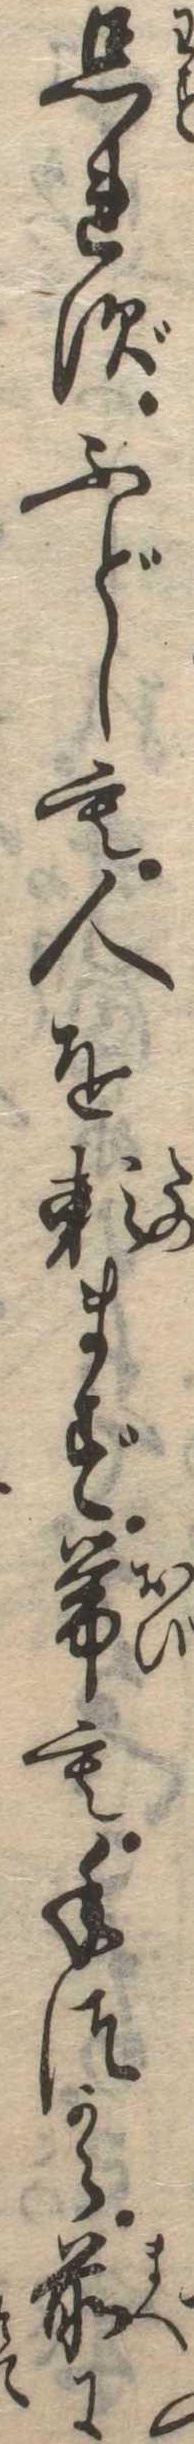
忘れずふどしも人を頼まず帯も手つから前に